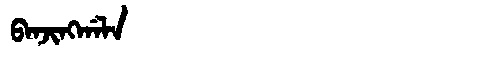
Manchu: ᠪᠠᠨᠵᡳᠩᡤᠠᠯᠠ
Romanization: BANJINGGALA